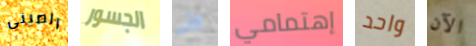
الصينى الجسور الآن إهتمامي واحد الآن